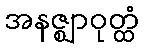
အနဇ္ဈာဝုတ္ထံ